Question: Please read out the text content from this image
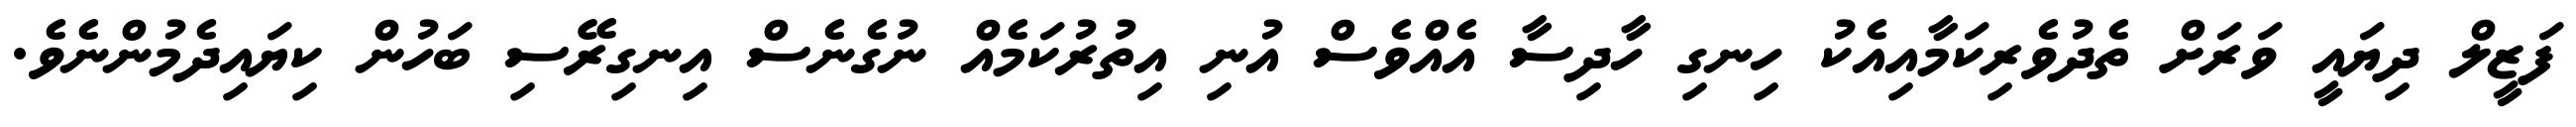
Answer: ފަޒީލް ދިޔައީ ވަރަށް ތެދުވެރިކަމާއިއެކު ހިނގި ހާދިސާ އެއްވެސް އުނި އިތުރުކަމެއް ނުގެނެސް އިނގިރޭސި ބަހުން ކިޔައިދެމުންނެވެ.